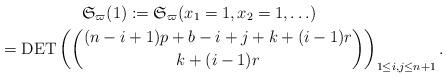
LaTeX: \begin{gather*}\mathfrak{S}_{\varpi}(1):= \mathfrak{S}_{\varpi}(x_1=1,x_2=1,\ldots) \\\hphantom{\mathfrak{S}_{\varpi}(1)}{} =\operatorname{DET} \left( {(n-i+1)p+b-i+j+k+(i-1)r \choose k+ (i-1)r} \right) _{1 \le i,j \le n+1}.\end{gather*}